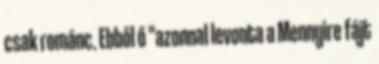
csak románc. Ebből ő "azonnal levonta a Mennyire fájt